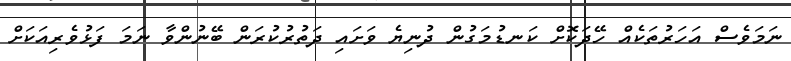
ނަމަވެސް އަހަރުތަކެއް ހޭދަކޮށް ކަނޑުމަގުން ދުނިޔެ ވަށައި ދަތުރުކުރަން ބޭނުންވާ ނަމަ ފަޅުވެރިއަކަށް